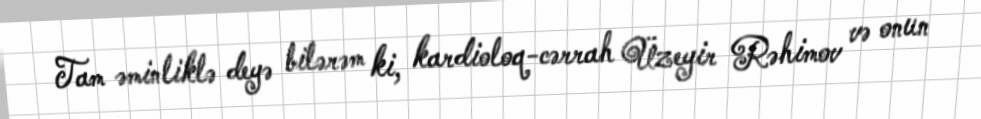
Tam əminliklə deyə bilərəm ki, kardioloq-cərrah Üzeyir Rəhimov və onun